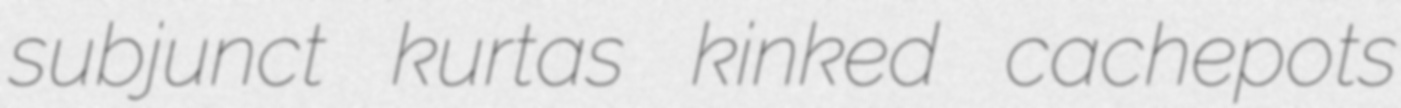
subjunct kurtas kinked cachepots